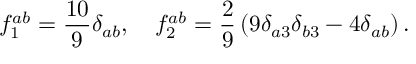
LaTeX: f _ { 1 } ^ { a b } = \frac { 1 0 } { 9 } \delta _ { a b } , \quad f _ { 2 } ^ { a b } = \frac { 2 } { 9 } \left( 9 \delta _ { a 3 } \delta _ { b 3 } - 4 \delta _ { a b } \right) .